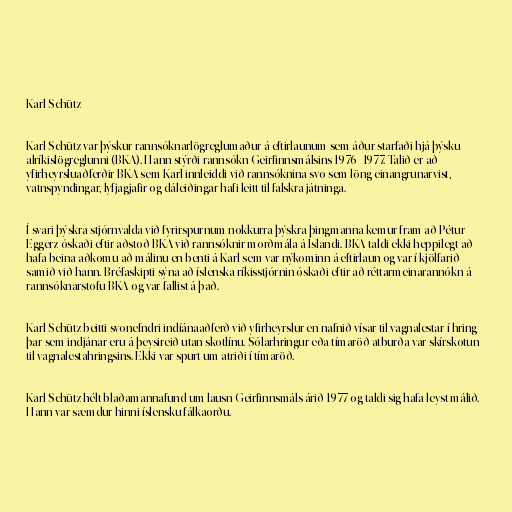
Karl Schütz

Karl Schütz var þýskur rannsóknarlögreglumaður á eftirlaunum sem áður starfaði hjá þýsku
alríkislögreglunni (BKA). Hann stýrði rannsókn Geirfinnsmálsins 1976–1977. Talið er að
yfirheyrsluaðferðir BKA sem Karl innleiddi við rannsóknina svo sem löng einangrunarvist,
vatnspyndingar, lyfjagjafir og dáleiðingar hafi leitt til falskra játninga.

Í svari þýskra stjórnvalda við fyrirspurnum nokkurra þýskra þingmanna kemur fram að Pétur
Eggerz óskaði eftir aðstoð BKA við rannsóknir morðmála á Íslandi. BKA taldi ekki heppilegt að
hafa beina aðkomu að málinu en benti á Karl sem var nýkominn á eftirlaun og var í kjölfarið
samið við hann. Bréfaskipti sýna að íslenska ríkisstjórnin óskaði eftir að réttarmeinarannókn á
rannsóknarstofu BKA og var fallist á það.

Karl Schütz beitti svonefndri indíánaaðferð við yfirheyrslur en nafnið vísar til vagnalestar í hring
þar sem indjánar eru á þeysireið utan skotlínu. Sólarhringur eða tímaröð atburða var skírskotun
til vagnalestahringsins. Ekki var spurt um atriði í tímaröð.

Karl Schütz hélt blaðamannafund um lausn Geirfinnsmáls árið 1977 og taldi sig hafa leyst málið.
Hann var sæmdur hinni íslensku fálkaorðu.